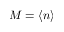
M = \langle n \rangle